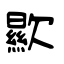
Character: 歞